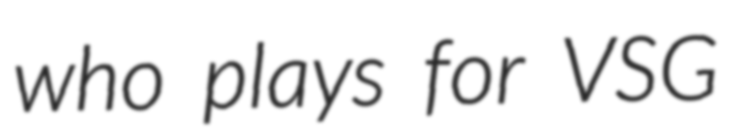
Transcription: who plays for VSG